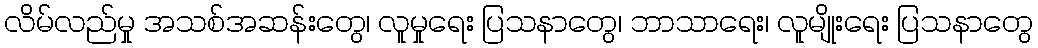
လိမ်လည်မှု အသစ်အဆန်းတွေ၊ လူမှုရေး ပြသနာတွေ၊ ဘာသာရေး၊ လူမျိုးရေး ပြသနာတွေ